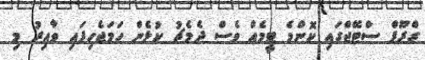
ގްރޫޕް ސްޓޭޖްގައި ކޮންމެ ޓީމެއް ވެސް ދެމެޗު ކުޅެން ހަމަޖެހިފައި ވާއިރު މި